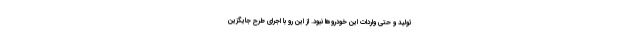
توليد و حتي واردات اين خودروها نبود. از اين رو با اجراي طرح جايگزين